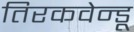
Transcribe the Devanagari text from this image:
तिरकवेन्डू